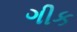
ગીક